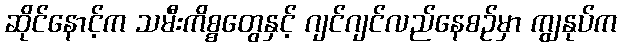
ဆိုင်နောင့်က သမီးကိစ္စတွေနှင့် ဂျင်ဂျင်လည်နေစဉ်မှာ ကျွနုပ်က